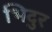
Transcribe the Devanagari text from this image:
भिदुर